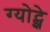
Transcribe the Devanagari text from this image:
ग्योट्झे